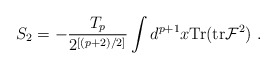
\begin{align*}S_2 = - \frac{T_p}{2^{[(p+2)/2]}} \int d^{p+1}x {\rm Tr}({\rm tr} {\cal F}^2) \ .\end{align*}